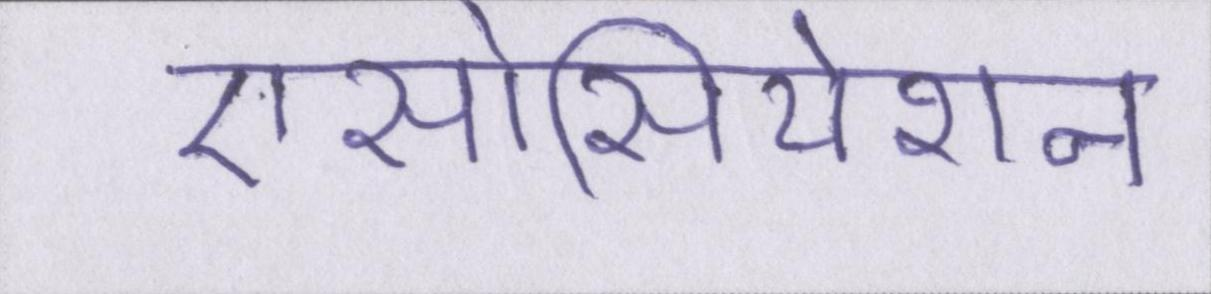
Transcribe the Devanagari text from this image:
एसोसियेशन